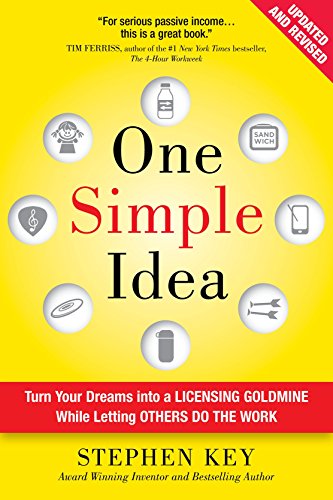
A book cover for One Simple Idea, Revised and Expanded Edition: Turn Your Dreams into a Licensing Goldmine While Letting Others Do the Work; Stephen Key; Engineering & Transportation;